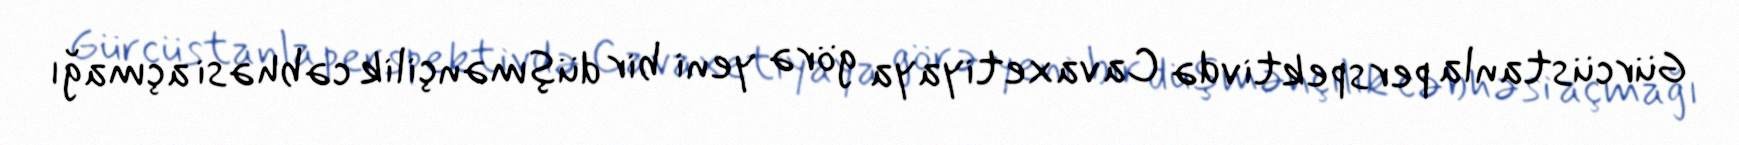
Gürcüstanla perspektivdə Cavaxetiyaya görə yeni bir düşmənçilik cəbhəsi açmağı